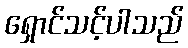
ရှောင်သင့်ပါသည်